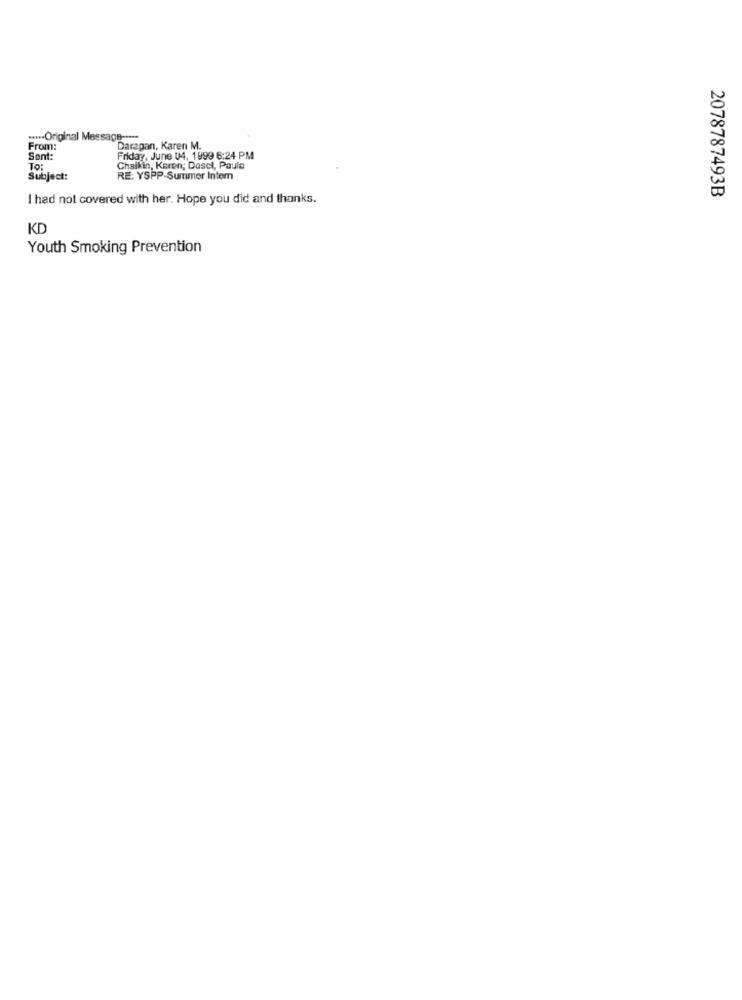
....- Original Message ----
From:
Daragan, Karen M.
Sont:
Friday, June 04, 1999 6:24 PM
To:
Chaikin, Karen; Dasel, Paula
Subject:
RE: YSPP-Summer Intem
2078787493B
I had not covered with her. Hope you did and thanks.
KD
Youth Smoking Prevention